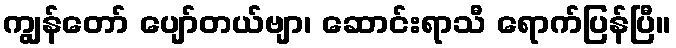
ကျွန်တော် ပျော်တယ်ဗျာ၊ ဆောင်းရာသီ ရောက်ပြန်ပြီ။